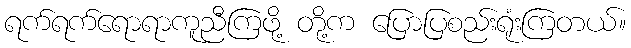
ရက်ရက်ရောရာကူညီကြဖို့ တို့က ပြောပြစည်းရုံးကြတယ်။